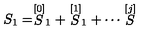
S _ { 1 } = \stackrel { [ 0 ] } { S } _ { 1 } + \stackrel { [ 1 ] } { S } _ { 1 } + \cdots \stackrel { [ j ] } { S }